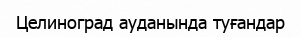
Целиноград ауданында туғандар